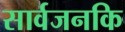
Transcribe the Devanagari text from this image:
सार्वजनकि